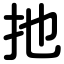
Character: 扡